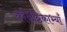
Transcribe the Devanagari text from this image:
कनिष्ठिकाभ्याँ